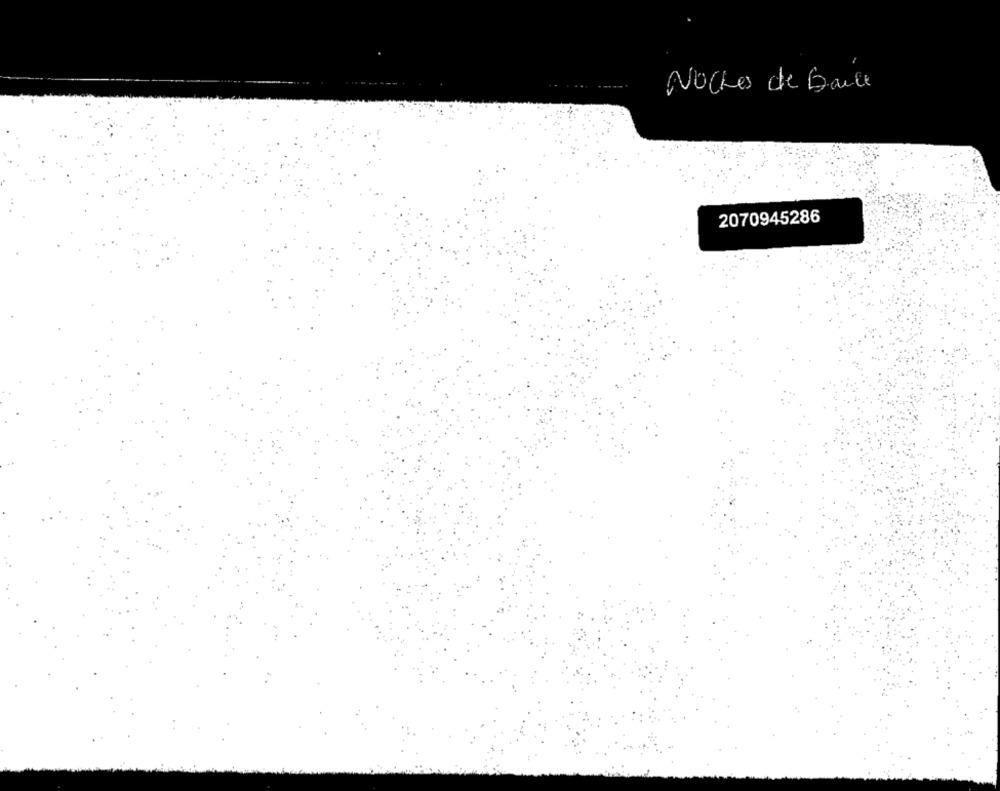
Noche de Baile
2070945286